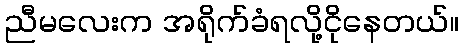
ညီမလေးက အရိုက်ခံရလို့ငိုနေတယ်။